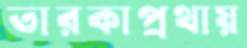
তারকাপ্রথায়